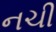
નચી